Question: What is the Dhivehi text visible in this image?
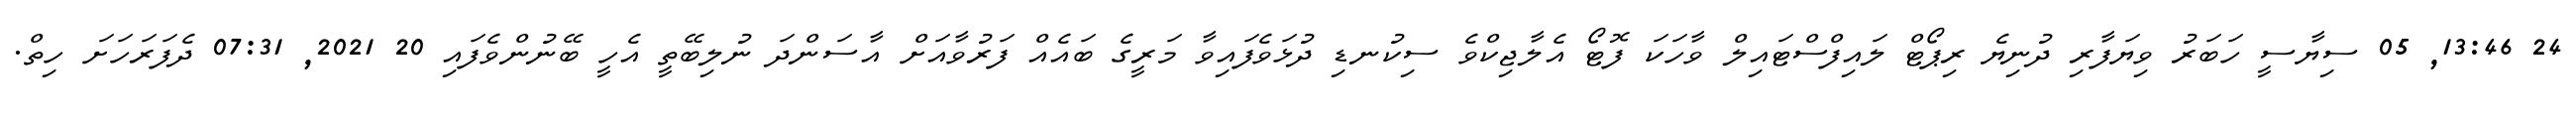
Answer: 24 13:46, 05 ސިޔާސީ ހަބަރު ވިޔަފާރި ދުނިޔެ ރިޕޯޓް ލައިފްސްޓައިލް ވާހަކަ ފޮޓޯ އެލާޖިކްވެ ސިކުނޑި ދުޅަވެފައިވާ މަރީގެ ބައެއް ފަރުވާއަށް އާސަންދަ ނުލިބޭތީ އެހީ ބޭނުންވެފައި 20 2021, 07:31 ދެފަރަހަށަ ހިތް.